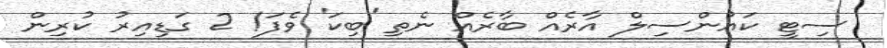
ސިޓީ ކައުންސިލް އާރެއް ބާރެއް ނެތި 'ބިކަ' ވެފަ! 2 ގަޑިއިރު ކުރިން